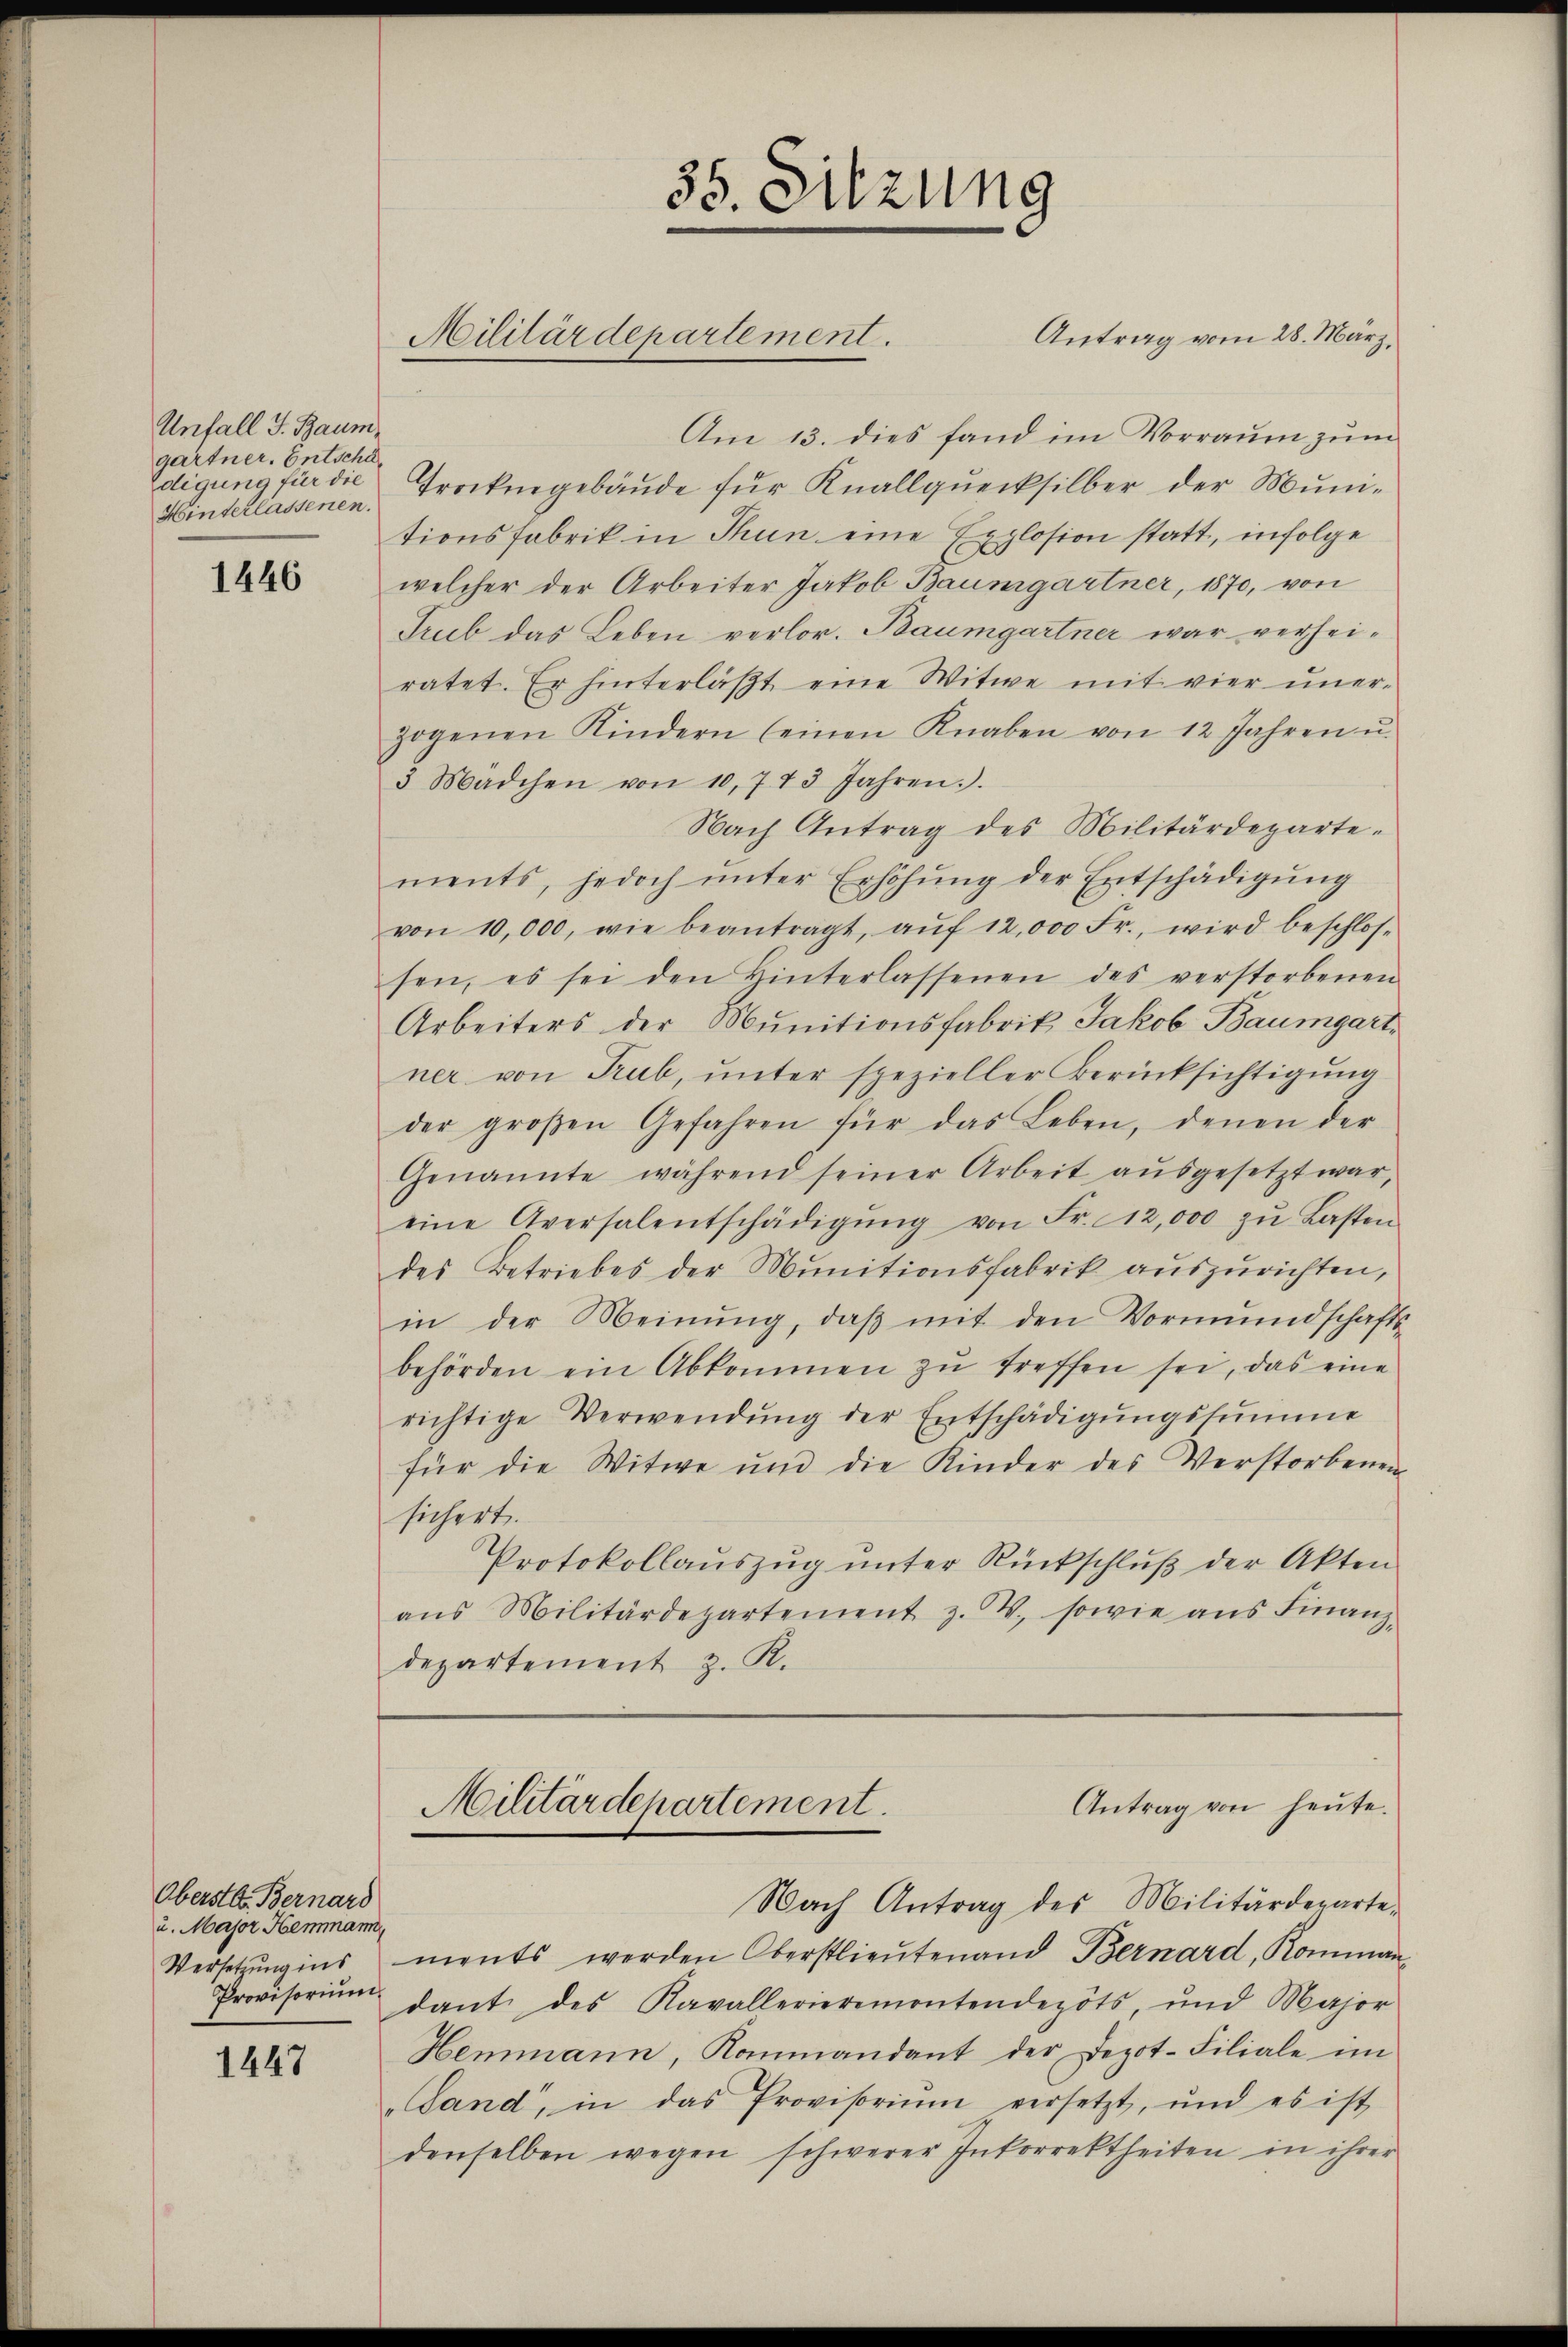
Unfall J. Baumgärtner. Entschädigung für die
Hinterlassenen.

1446

Oberstl. Bernard
u. Major Hemmann
Versetzung ins
Provisorium

1447

Am 13. dies fand im Vorraum zum
Trockengebäude für Knallquecksilber der Munitionsfabrik in Thun eine Explosion statt, infolge
welcher der Arbeiter Jakob Baumgartner, 1870, von
Trub das Leben verlor. Baumgartner war verheiratet. Er hinterläßt eine Witwe mit vier unerzogenen Kindern (einen Knaben von 12 Jahren u.
3 Mädchen von 10,773 Jahren.
Nach Antrag des Militärdeparte-
ments, jedoch ŭnter Erhöhŭng der Entschädigŭng
von 10,000, wie beantragt, aŭf 12,000 Fr., wird beschlos-
sen, es sei den Hinterlassenen des verstorbenen
Arbeiters der Munitionsfabrik Jakob Baumgart,
ner von Trub, unter spezieller Berücksichtigung
der großen Gefahren für das Leben, denen der
Genannte während seiner Arbeit aŭsgesetzt war,
eine Aversalentschädigŭng von Fr. 12,000 zŭ Lasten
des Betriebes der Munitionsfabrik auszurichten,
in der Meinŭng, daβ mit den Vormundschafts-
behörden ein Abkommen zŭ treffen sei, das eine
richtige Verwendŭng der Entschädigŭngssumme
für die Witwe und die Kinder des Verstorbenen
sichert.
Protokollaŭszŭg ŭnter Rückschlŭβ der Akten
aŭs Militärdepartement z. W. sowie ans Finanz-
departement z. R.

35. Sitzung
Militärdepartement.

ments werden Oberstlieutenand Bernard, Komman-
dant des Kavallerieremontendepots, und Major
Hemmann, Kommandant der Depot-Filiale im
"Land, in das Provisorium versetzt, und es ist
denselben wegen schwerer Inkorrektheiten in ihrer

Antrag von heute.
Militärdepartement.
Nach Antrag des Militärdeparte¬

Antrag vom 28. März,